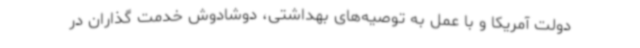
دولت آمریکا و با عمل به توصیه‌های بهداشتی، دوشادوش خدمت گذاران در